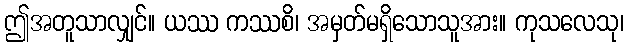
ဤအတူသာလျှင်။ ယဿ ကဿစိ၊ အမှတ်မရှိသောသူအား။ ကုသလေသု၊